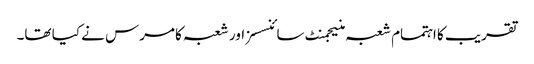
تقریب کا اہتمام شعبہ منیجمنٹ سائنسسز اور شعبہ کامرس نے کیا تھا۔